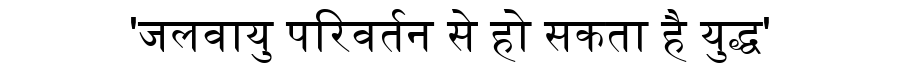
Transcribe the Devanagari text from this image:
'जलवायु परिवर्तन से हो सकता है युद्ध'